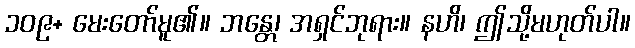
၁၀၉+ မေးတော်မူ၏။ ဘန္တေ၊ အရှင်ဘုရား။ နဟိ၊ ဤသို့မဟုတ်ပါ။